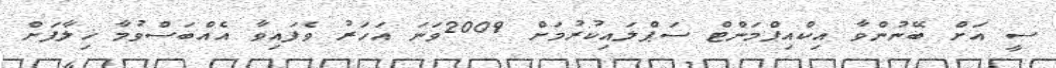
ސީ އަށް ބޭނުންވާ އިކްއިޕްމަންޓް ސަޕްލައިކުރުމަށް 2009ވަނަ އަހަރު ވެފައިވާ އެއްބަސްވުމާ ޚިލާފަށް